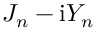
J _ { n } - \mathrm { i } Y _ { n }